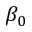
\beta _ { 0 }